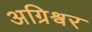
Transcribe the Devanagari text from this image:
अग्रिश्वर